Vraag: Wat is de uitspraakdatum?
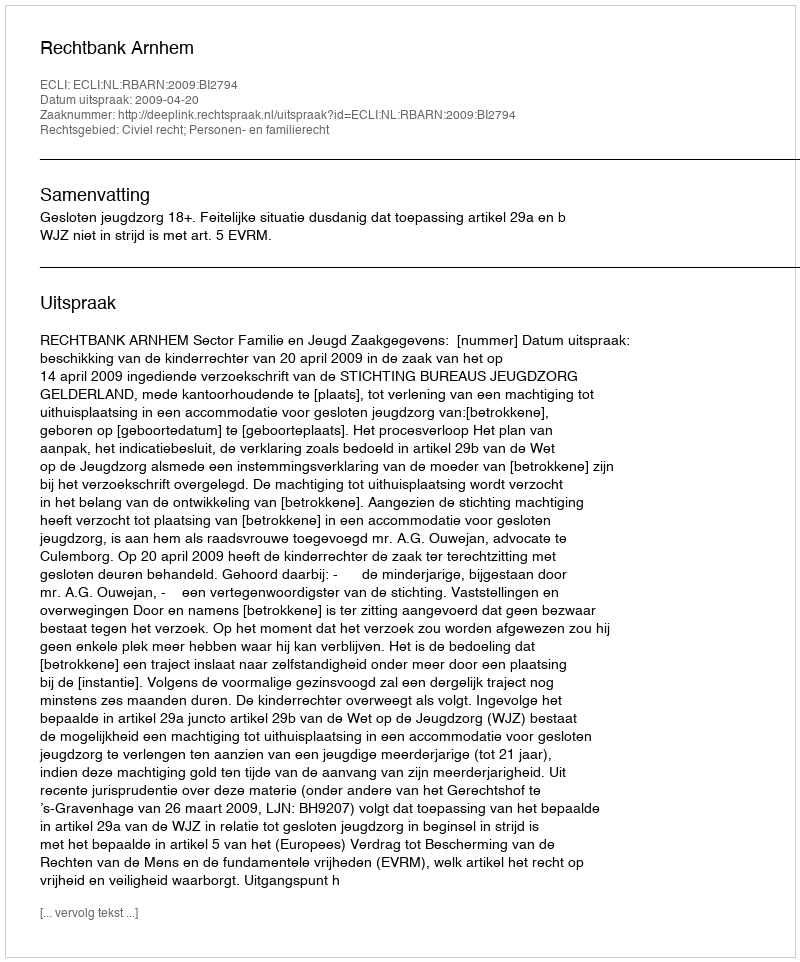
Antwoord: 2009-04-20